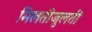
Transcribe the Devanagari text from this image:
मिलतीजुलती